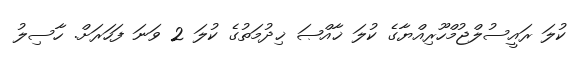
ކުލަ ރައީސުލްޖުމްހޫރިއްޔާގެ ކުލަ ޚާއްޞަ ޚިދުމަތުގެ ކުލަ 2 ވަނަ ފަހަރަށް. ހާސިލު